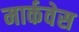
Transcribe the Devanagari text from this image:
मार्कवेस